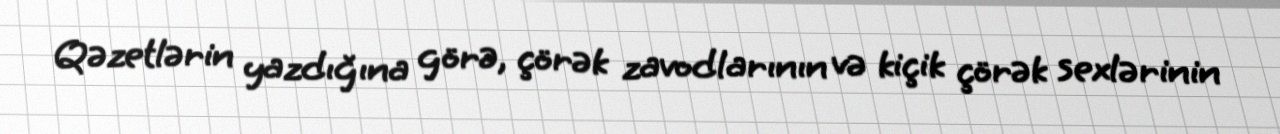
Qəzetlərin yazdığına görə, çörək zavodlarının və kiçik çörək sexlərinin